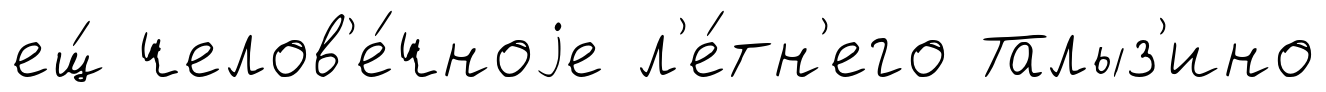
ещ́ челов'е́чноjе л'е́тн'его Талыз'ино